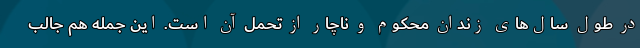
در طول سال‌های زندان محکوم و ناچار از تحمّل آن است. این جمله هم جالب